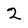
Character: 2